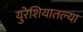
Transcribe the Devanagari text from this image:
युरेशियातल्या